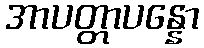
အာပတ္တာပန္နော